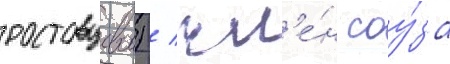
ростовцевои) / чл'е́н соу́за